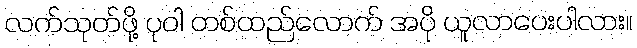
လက်သုတ်ဖို့ ပုဝါ တစ်ထည်လောက် အပို ယူလာပေးပါလား။